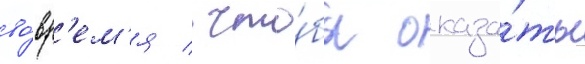
во́вр'ем'я / что́бы оказа́ть